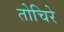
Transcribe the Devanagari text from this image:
तोचिरे